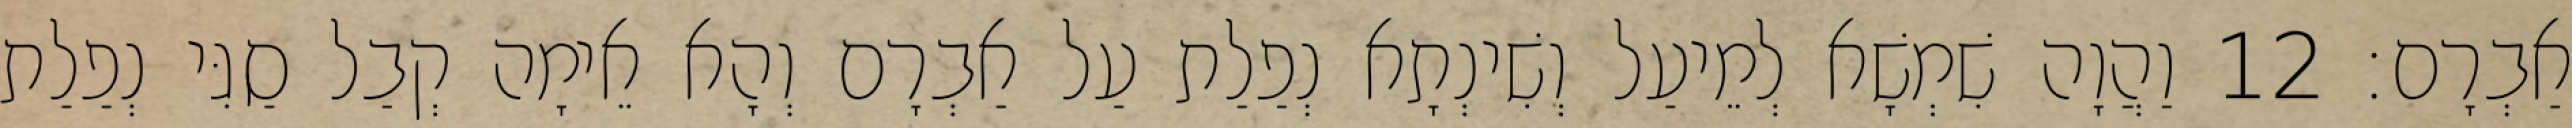
אַבְרָם׃ 12 וַהֲוָה שִׁמְשָׁא לְמֵיעַל וְשִׁינְתָא נְפַלַת עַל אַבְרָם וְהָא אֵימָה קְבַל סַגִּי נְפַלַת